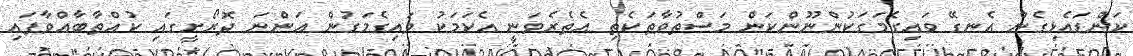
ކަންޑައެޅިގެން އެނގޭ ވައިގެމަގަކުންނޫންކަން މަސްތުވާތަކެތި އެތެރެވަނީ އެކަމަކު ވައިގެމަގުން އަންނަ ދޮރޯށީގައި ކުއްތާބާއްވާފައި